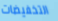
التخفيضات